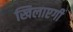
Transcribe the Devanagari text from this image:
खिलाएगी